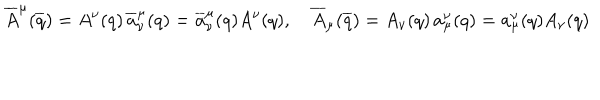
\overline { { { A } } } ^ { \mu } ( \overline { { { q } } } ) = A ^ { \nu } ( q ) \, \overline { { { a } } } _ { \nu } ^ { \mu } ( q ) = \overline { { { a } } } _ { \nu } ^ { \mu } ( q ) A ^ { \nu } ( q ) , \quad \overline { { { A } } } _ { \mu } ( \overline { { { q } } } ) = A _ { \nu } ( q ) \, { a } _ { \mu } ^ { \nu } ( q ) = { a } _ { \mu } ^ { \nu } ( q ) A _ { \nu } ( q )